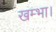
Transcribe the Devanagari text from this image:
खम्भा।